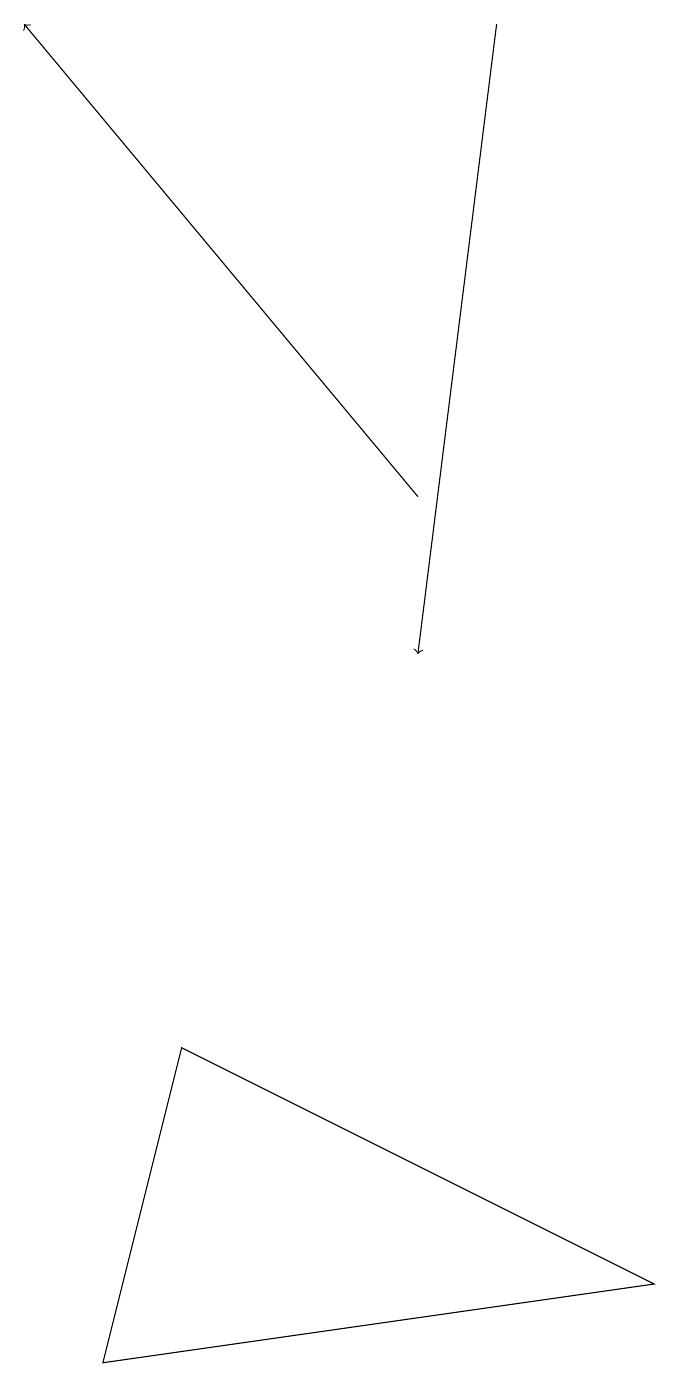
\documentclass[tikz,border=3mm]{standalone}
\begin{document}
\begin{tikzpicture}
\draw (9,2) -- (2,1) -- (3,5) -- cycle;
\draw[->] (7,18) -- (6,10);
\draw (5,16) rectangle (5,16);
\draw[->] (6,12) -- (1,18);
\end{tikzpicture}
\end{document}